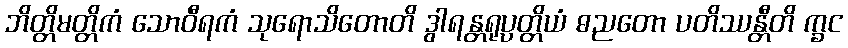
ဘိတ္တိမတ္တိကံ သောဝီရကံ သုရောသိတောတိ ဒွါရန္တရုပ္ပတ္တိယံ ဓညတော ပတိဿန္တီတိ က္ခင